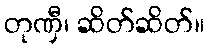
တုဏှီ၊ ဆိတ်ဆိတ်။